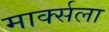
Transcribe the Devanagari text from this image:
मार्क्‍सला